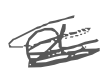
Text: a
Cross-out: scratch
Writing tool: digital_gray